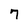
Character: 7